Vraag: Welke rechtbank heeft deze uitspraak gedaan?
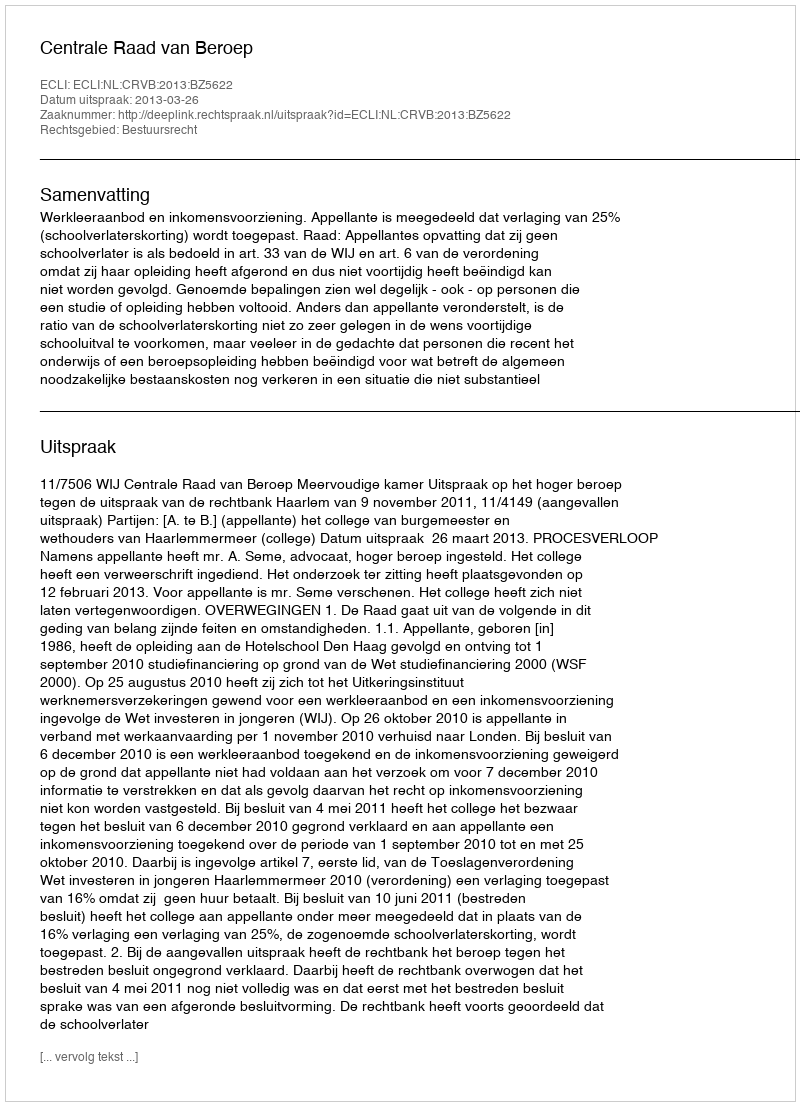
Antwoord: Centrale Raad van Beroep